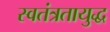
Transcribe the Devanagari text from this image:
स्वतंत्रतायुद्ध